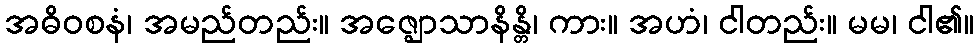
အဓိဝစနံ၊ အမည်တည်း။ အဇ္ဈောသာနိန္တိ၊ ကား။ အဟံ၊ ငါတည်း။ မမ၊ ငါ၏။